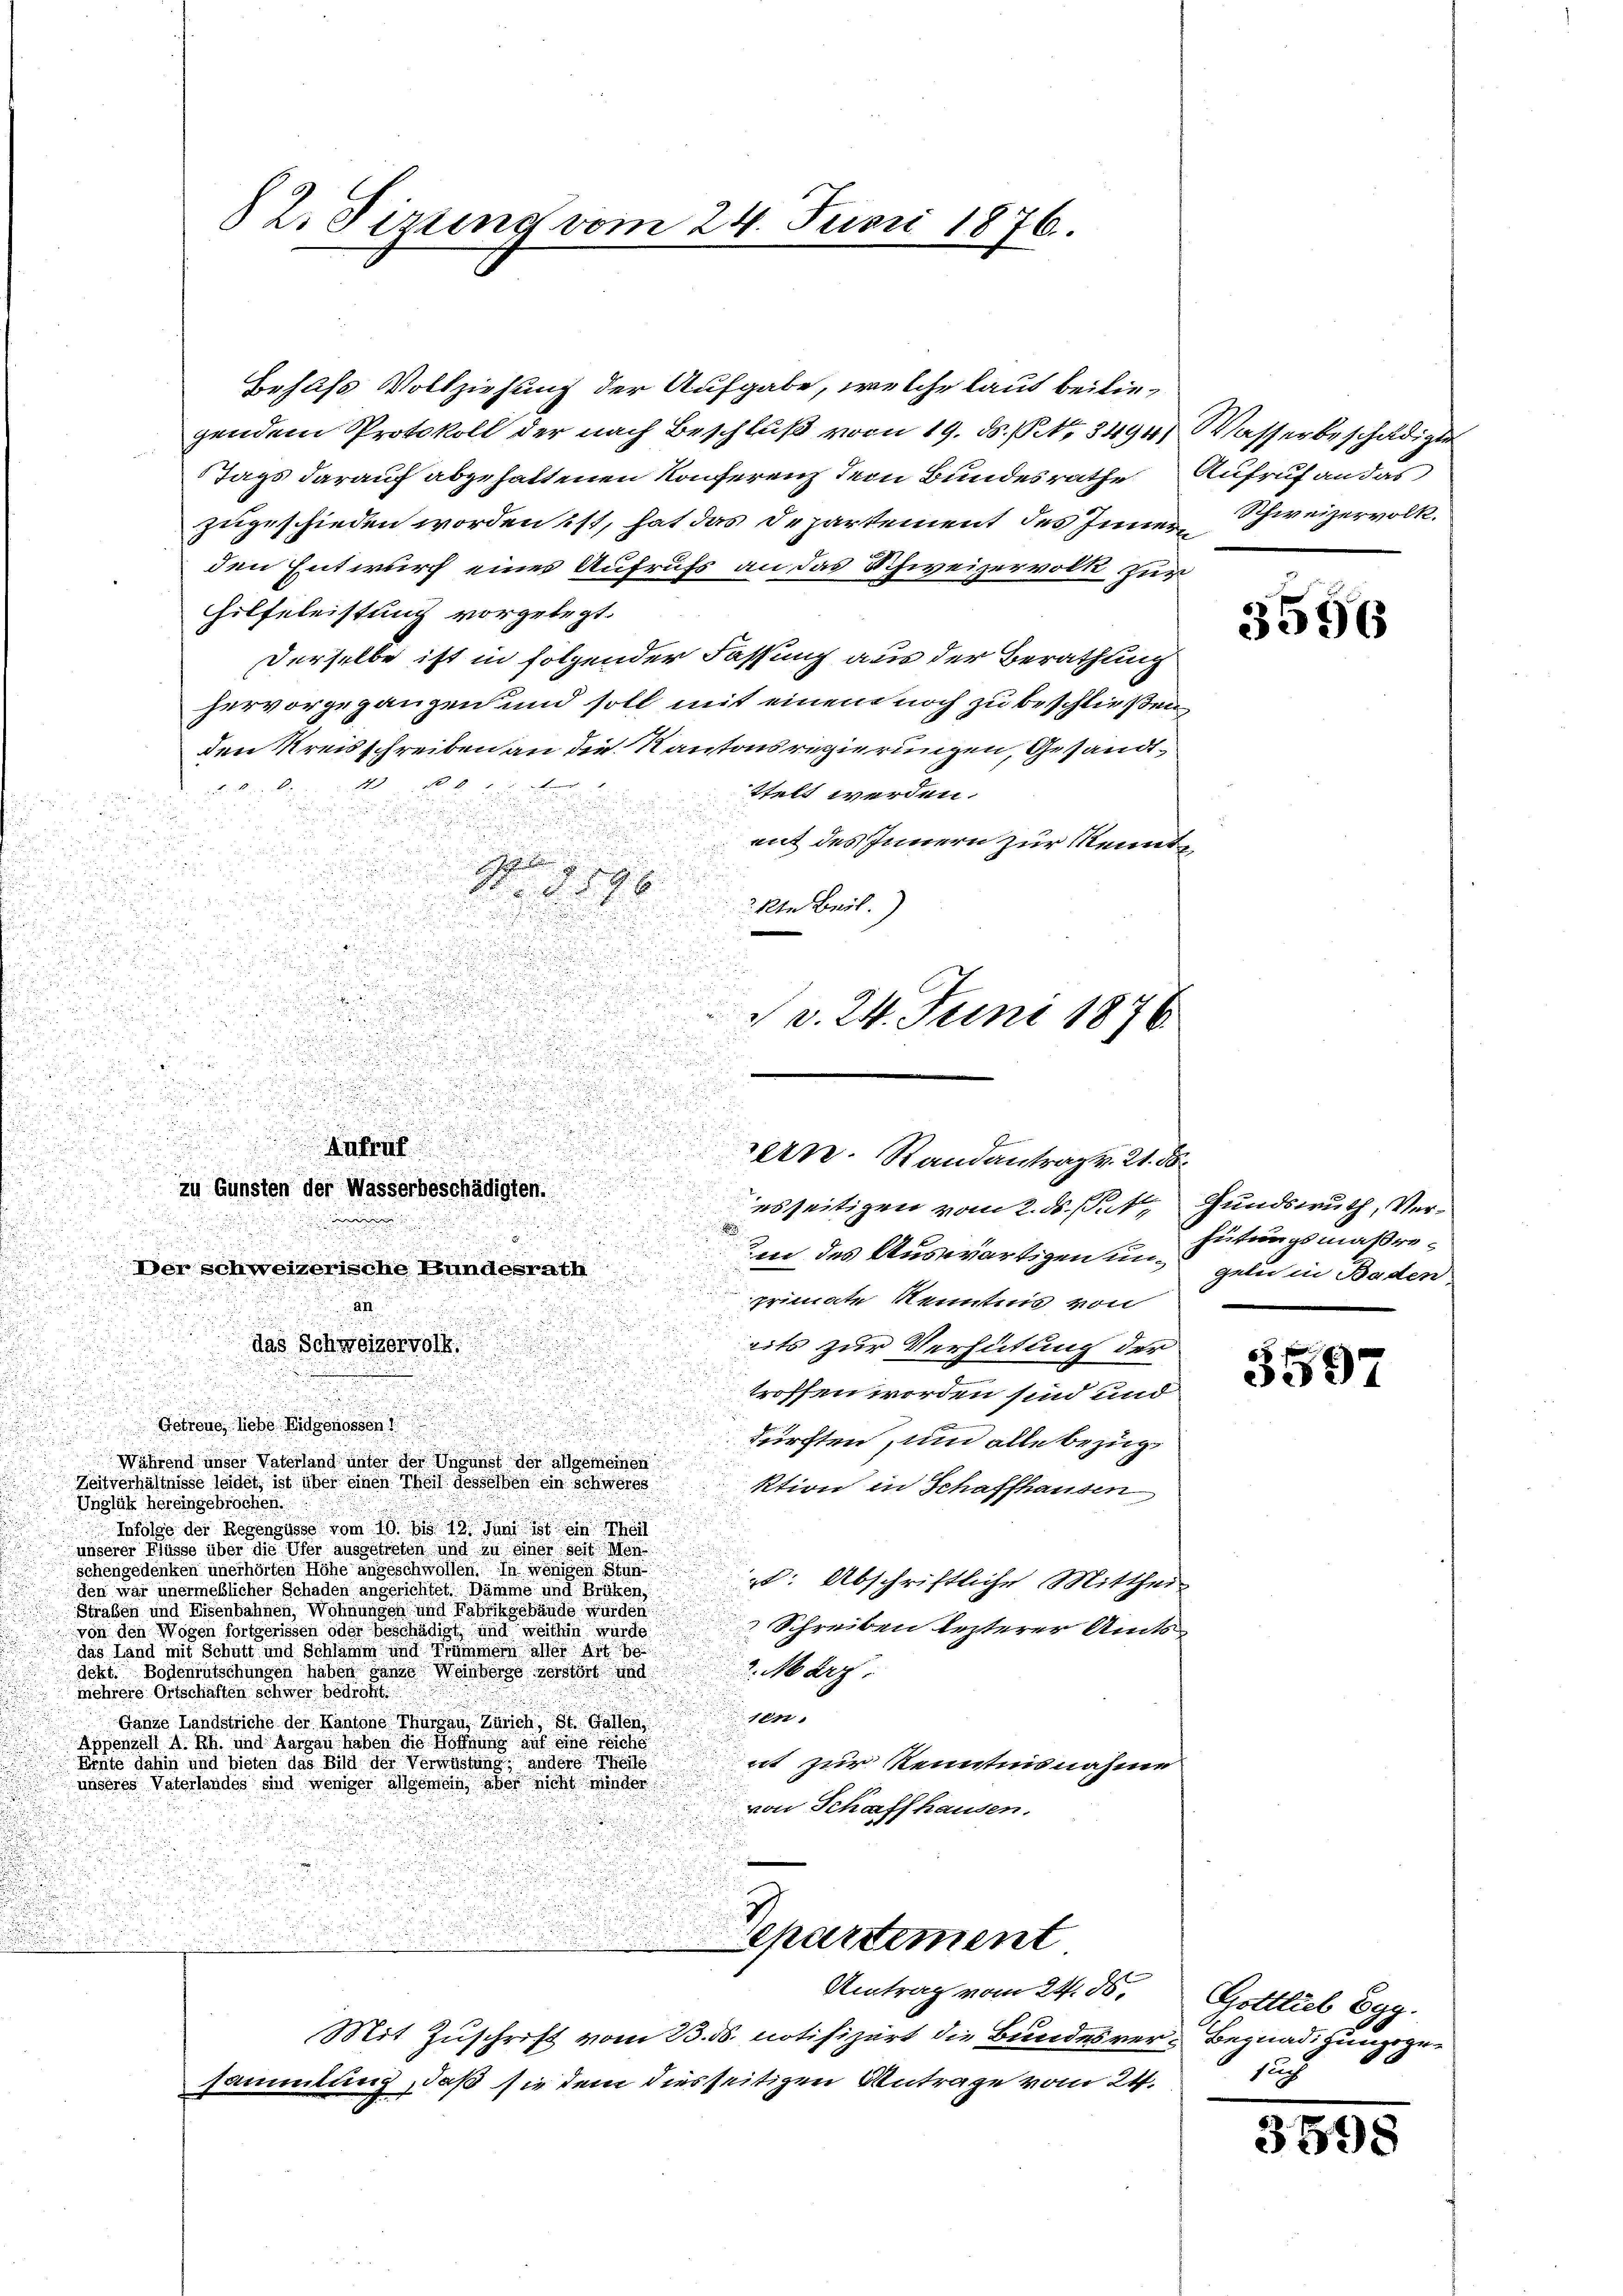
2. Tizung vom 24. Juni 1876.

Behufs Vollziehung der Aufgabe, welche laut beiliegendem Protokoll der nach Beschluß vom 19. ds. S. 3494) Wasserbeschädigte
Tags darauf abgehaltenen Konferenz dem Bundesrathe Aufruf an das
zugeschieden worden ist, hat das Departement des Inner Schweizervolk.
den Entwurf eines Aufrufs an das Schweizervolk zur
Hilfeleistung vorgelegt.
Derselbe ist in folgender Fassung aus der Berathung
hervorgegangen und soll mit einem noch zu beschließen
den Kreisschreiben an die Kantonsregierungen, Gesandt¬
u den den 10 No 8
ttelt werden.

mit des Innern zur Kennt¬

d

15. d. S. 96.
u
.
kte Beil.

a

u
um des Auswärtigen um Hütungsmaßre¬
Der schweizerische Bundesrath
primate Kenntnis von
a
.
u
eits zur Verhütung der
das Schweizervolk.
.
troffen worden sind und
Getreue, liebe Eidgenossen 1
dürften, und alle bezug
Während unser Vaterland unter der Ungunst der allgemeinen
Zeitverhältnisse leidet, ist über einen Theil desselben ein Schweres
ktion in Schaffhausen
Unglük hereingebrochen.
Infolge der Regengüsse vom 10. bis 13. Juni 188 ei
unserer Küsse über die Ufer ausgetreten und zu einer seit Mon
schengedenken unerhörten Höhe angeschwollen. In wenigen Stun
t. Abschriftliche Mittheil
den war unermeßlicher Schaden angerichtet. Dämme und Brüken,
Straßen und Eisenbahnen, Wohnungen und Fabrikgebäude wurden
Schreiben lezterer Amtsvon den Wogen fortgerissen oder beschädigt und weithin würde
Das Land mit Schutt und Schönen und Trümmern aller Art s
2. März.
dekt. Bodenrutschungen haben ganze Weinberge zerstört und
mehrere Ortschäften schwer bedroht.
.
12
Ganze Landstriche der Kantone Thurgau, Zürich, St. Gallen
Appenzell A. Rh. und Aargau haben die Hornung auf und siche
Ernte dahin und bieten das Bild der Verwüstung, andere Theile
et zur Kenntnisnahme
unseres Vaterlandes sind weniger allgemein aber nicht minder
von Schaffhausen.
chartement
Antrag vom 24. ds. Gottlieb Egg.
Mit Zuschrift vom 23. ds. notifizirt die Bundesver- Begnadigungsgesammlung, daß sie dem diesseitigen Antrage vom 24. 1

.

u
der Antraf
zu Gunsten der Wasserbeschädigten.
e
u

d v. 24. Juni 1876

d

zern. Randantrag v. 21. d.
esseitigen vom 2. ds. sit Gundswuth, Ver¬

3596

geli in Baden.

5597

3598